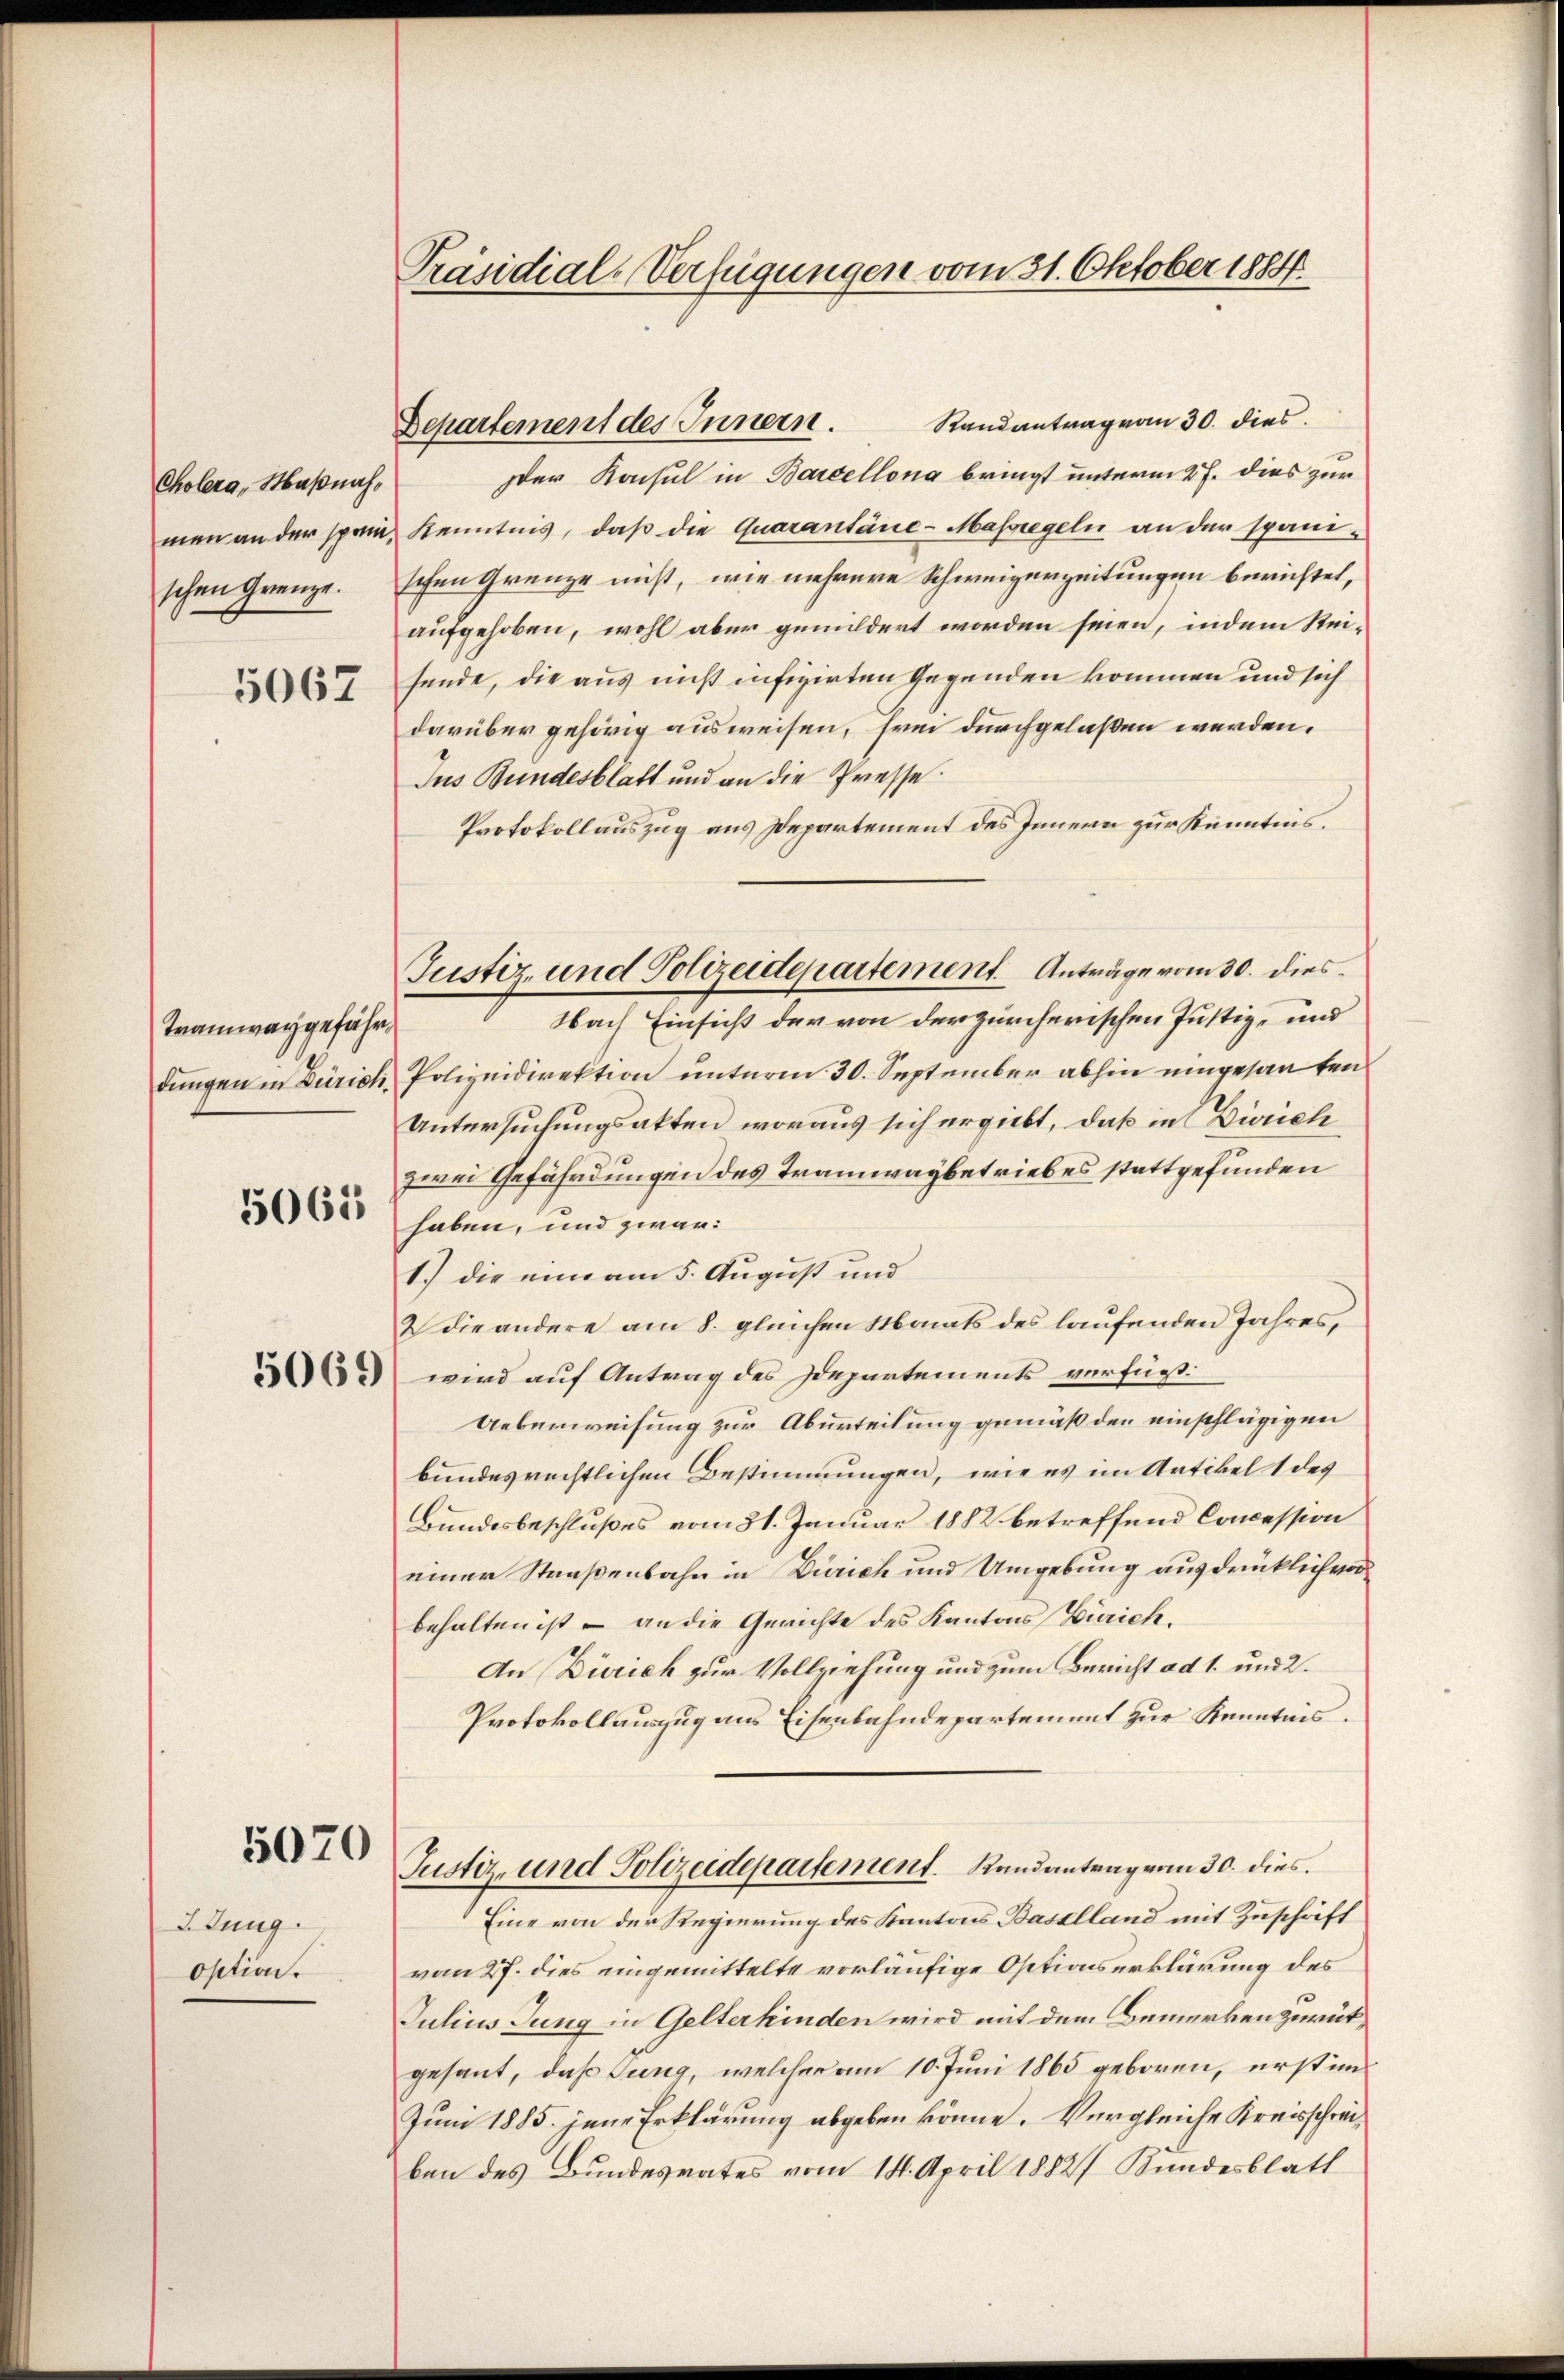
Cholera, Maßnahschen Grenze.

5067

Tramwaygeführdungen in Zürich.

5061

2 Jung
option.

5069

5070

Präsidial-Verfügungen vom 31. Oktober 1884.

Der Konsul in Barcellona bringt unterm 27. dies zur
men an der spann, Kenntnis, daβ die Quarantäne- Massregeln an der spanischen Grenze nicht, wie mehrere Schweigerzeitungen berichtet,
aufgehoben, wohl aber gemildert worden seien, indem Reisende, die aus nicht infizirten Gegenden kommen und sich
darüber gehörig ausweisen, frei durchgelaßen werden.
Ius Bundesblatt und an die Presse.
Protokollauszug aus Departement des Innern zur Kenntnis.
Nach Einsicht der von der zürcherischen Justiz- und
Polizeidirektion unterm 30. September abhin eingesanten
Untersuchungsakten woraus sich ergiebt, daß in Dionch
zwei Gefährdungen des Tramwaybetriebes stattgefunden
haben, und zwar:
1.) die eine am 5. August und
2 die andere am 8. gleichen Monats des laufenden Jahres,
wird auf Antrag des Departements verfügt:
Ueberweisung zur Aburteilung gemäß den einschlägigen
bundesrechtlichen Bestimmungen, wie es im Artikel 1 des
Bundesbeschlußes vom 31. Januar 1882 betreffend Concession
einer Straßenbahn in Zürich und Umgebung ausdrücklich vorbehalten ist – an die Gerichte des Kantons Zürich,
An Zürich zur Vollziehung und zum Bericht ad 1. und 2.
Protokollauszug aus Eisenbahndepartement zur Kenntnis.
Justiz- und Polizeidepartement. Randanträgerin 30. dies
Eine von der Regierung des Kantons Baselland mit Zuschrift
vom 27. dies eingemittelte vorläufige Ostionserklärung des
Julius Jung in Gelterhinden wird mit dem Bemerken zurükgesant, daß Jung, welcher am 10. Juni 1865 geboren, erst im
Juni 1885. jene Erklärung abgeben könne. Vergleiche Kreisschreiben des Bundesrates vom 14. April 1882/ Bundesblatt

Departement des Innern. Randantrag von 30. dies

Justiz- und Polizeidepartement. Anträge vom 30. dies